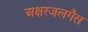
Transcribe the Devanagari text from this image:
अक्षरजलगैस